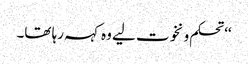
‘‘ تحکم و نخوت لیے وہ کہہ رہا تھا۔